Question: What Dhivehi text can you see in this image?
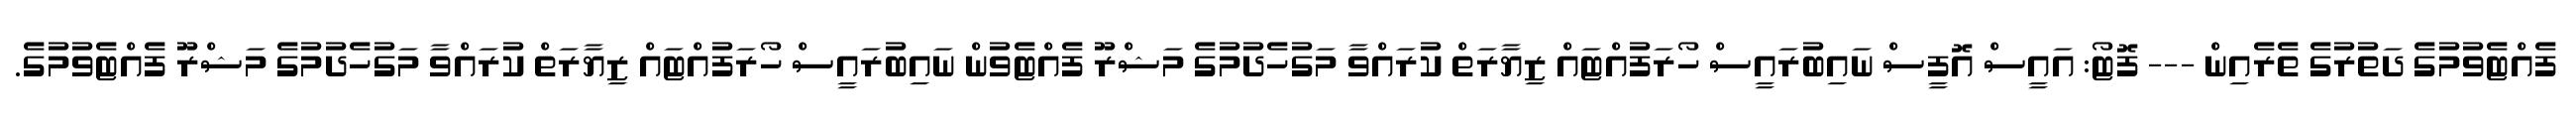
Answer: ފެއްޓެވުމުގެ ދަތުރުގެ ތެރެއިން --- ފޮޓޯ: އައީސް އޮފީސް ނައިބުރައީސް ހޯރަފުއްޓައް ޒިޔާރަތް ކުރައްވާ މަގުހެދުމުގެ މަޝްރޫ ފެއްޓެވުން ނައިބުރައީސް ހޯރަފުއްޓައް ޒިޔާރަތް ކުރައްވާ މަގުހެދުމުގެ މަޝްރޫ ފެއްޓެވުމުގެ.